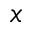
x